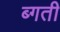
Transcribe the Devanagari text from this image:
ब्गती